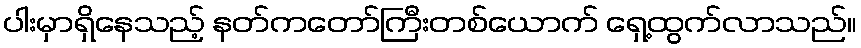
ပါးမှာရှိနေသည့် နတ်ကတော်ကြီးတစ်ယောက် ရှေ့ထွက်လာသည်။